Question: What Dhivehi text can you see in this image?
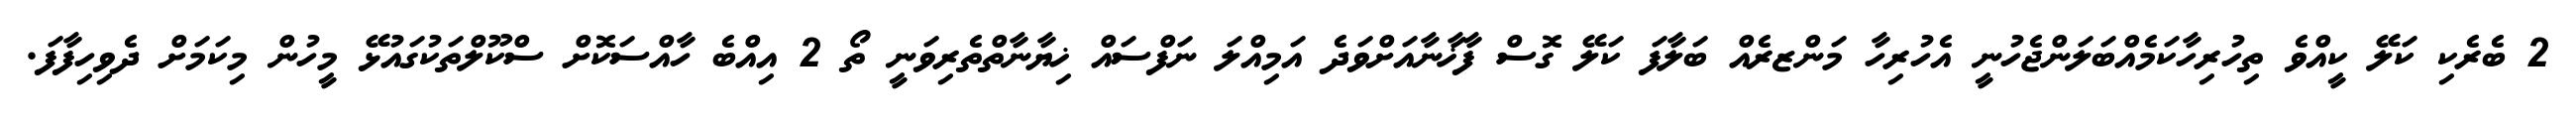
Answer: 2 ބެރެކި ކަލޭ ކީއްވެ ތިހުރިހާކަމެއްބަލަންޖެހުނީ އެހުރިހާ މަންޒރެއް ބަލާފަ ކަލޭ ގޮސް ފާޚާނާއަށްވަދެ އަމިއްލަ ނަފްސައް ޚިޔާނާތްތެރިވަނީ ތޯ 2 އިއްބެ ހާއްސަކޮށް ސްކޫލްތަކުގައުޅޭ މީހުން މިކަމަށް ދެވިހިފާފަ.